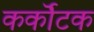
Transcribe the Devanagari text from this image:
कर्कॊटक